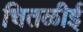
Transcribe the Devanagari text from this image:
चितळीई